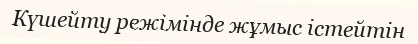
Күшейту режімінде жұмыс істейтін